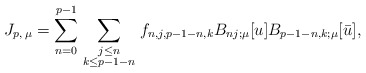
\begin{align*}J_{p,\, \mu}=\sum_{n=0}^{p-1} \sum_{{\scriptstyle j \le n}\atop{\scriptstyle k \le p-1-n}} f_{n,j,p-1-n,k} B_{nj;\mu}[u] B_{p-1-n,k;\mu}[\bar{u}],\end{align*}